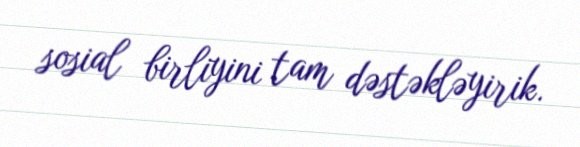
sosial birliyini tam dəstəkləyirik.